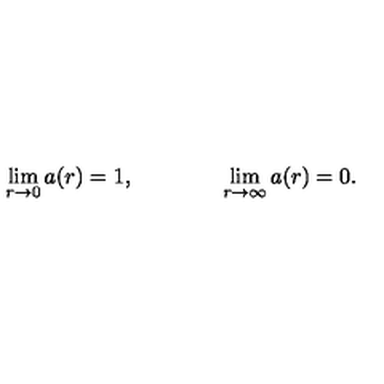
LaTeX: \lim _ { r \rightarrow 0 } a ( r ) = 1 , \qquad \qquad \lim _ { r \rightarrow \infty } a ( r ) = 0 .